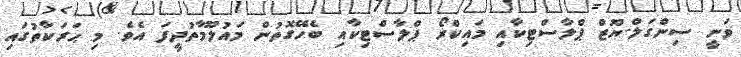
ވަނީ ސިންގަލް-ޔޫޒް ޕްލާސްޓިކާއި މައިކްރޯ ޕްލާސްޓިކާއި ބެހޭގޮތުން މައުލޫމާތުދީފަ އެވެ. މި ޙަރަކާތުގައި